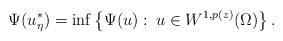
LaTeX: \begin{align*} \Psi(u_\eta^*)=\inf\left\{\Psi(u):\:u\in W^{1,p(z)}(\Omega)\right\}.\end{align*}